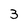
Character: 3